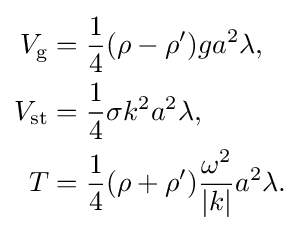
{\begin{aligned}V_{\text{g}}&={\frac {1}{4}}(\rho -\rho ')ga^{2}\lambda ,\\V_{\text{st}}&={\frac {1}{4}}\sigma k^{2}a^{2}\lambda ,\\T&={\frac {1}{4}}(\rho +\rho '){\frac {\omega ^{2}}{|k|}}a^{2}\lambda .\end{aligned}}